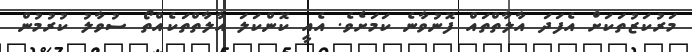
މަރުކަޒުތަކަށް އެފަދަ އާލާތްތައް ފޮނުވާނެ ކަމަށެވެ. އެއީ ކޮންކަލަ އާލާތްތަކެއްތޯ ސުވާލު ކުރުމުން